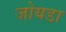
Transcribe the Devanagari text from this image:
जोयडा